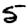
Digit: 5